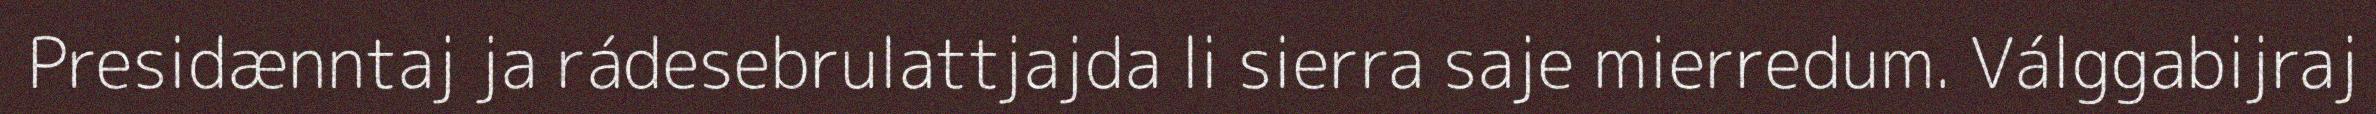
Presidænntaj ja rádesebrulattjajda li sierra saje mierredum. Válggabijraj